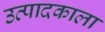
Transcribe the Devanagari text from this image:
उत्पादकाला